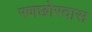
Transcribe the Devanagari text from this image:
रणछोरदास